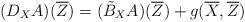
LaTeX: \begin{align*}(D_X{A})(\overline{Z})=(\tilde{B}_X{A})(\overline{Z})+g(\overline{X},\overline{Z})\end{align*}